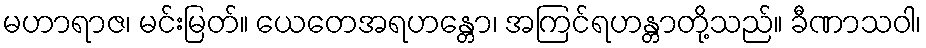
မဟာရာဇ၊ မင်းမြတ်။ ယေတေအရဟန္တော၊ အကြင်ရဟန္တာတို့သည်။ ခီဏာသဝါ၊